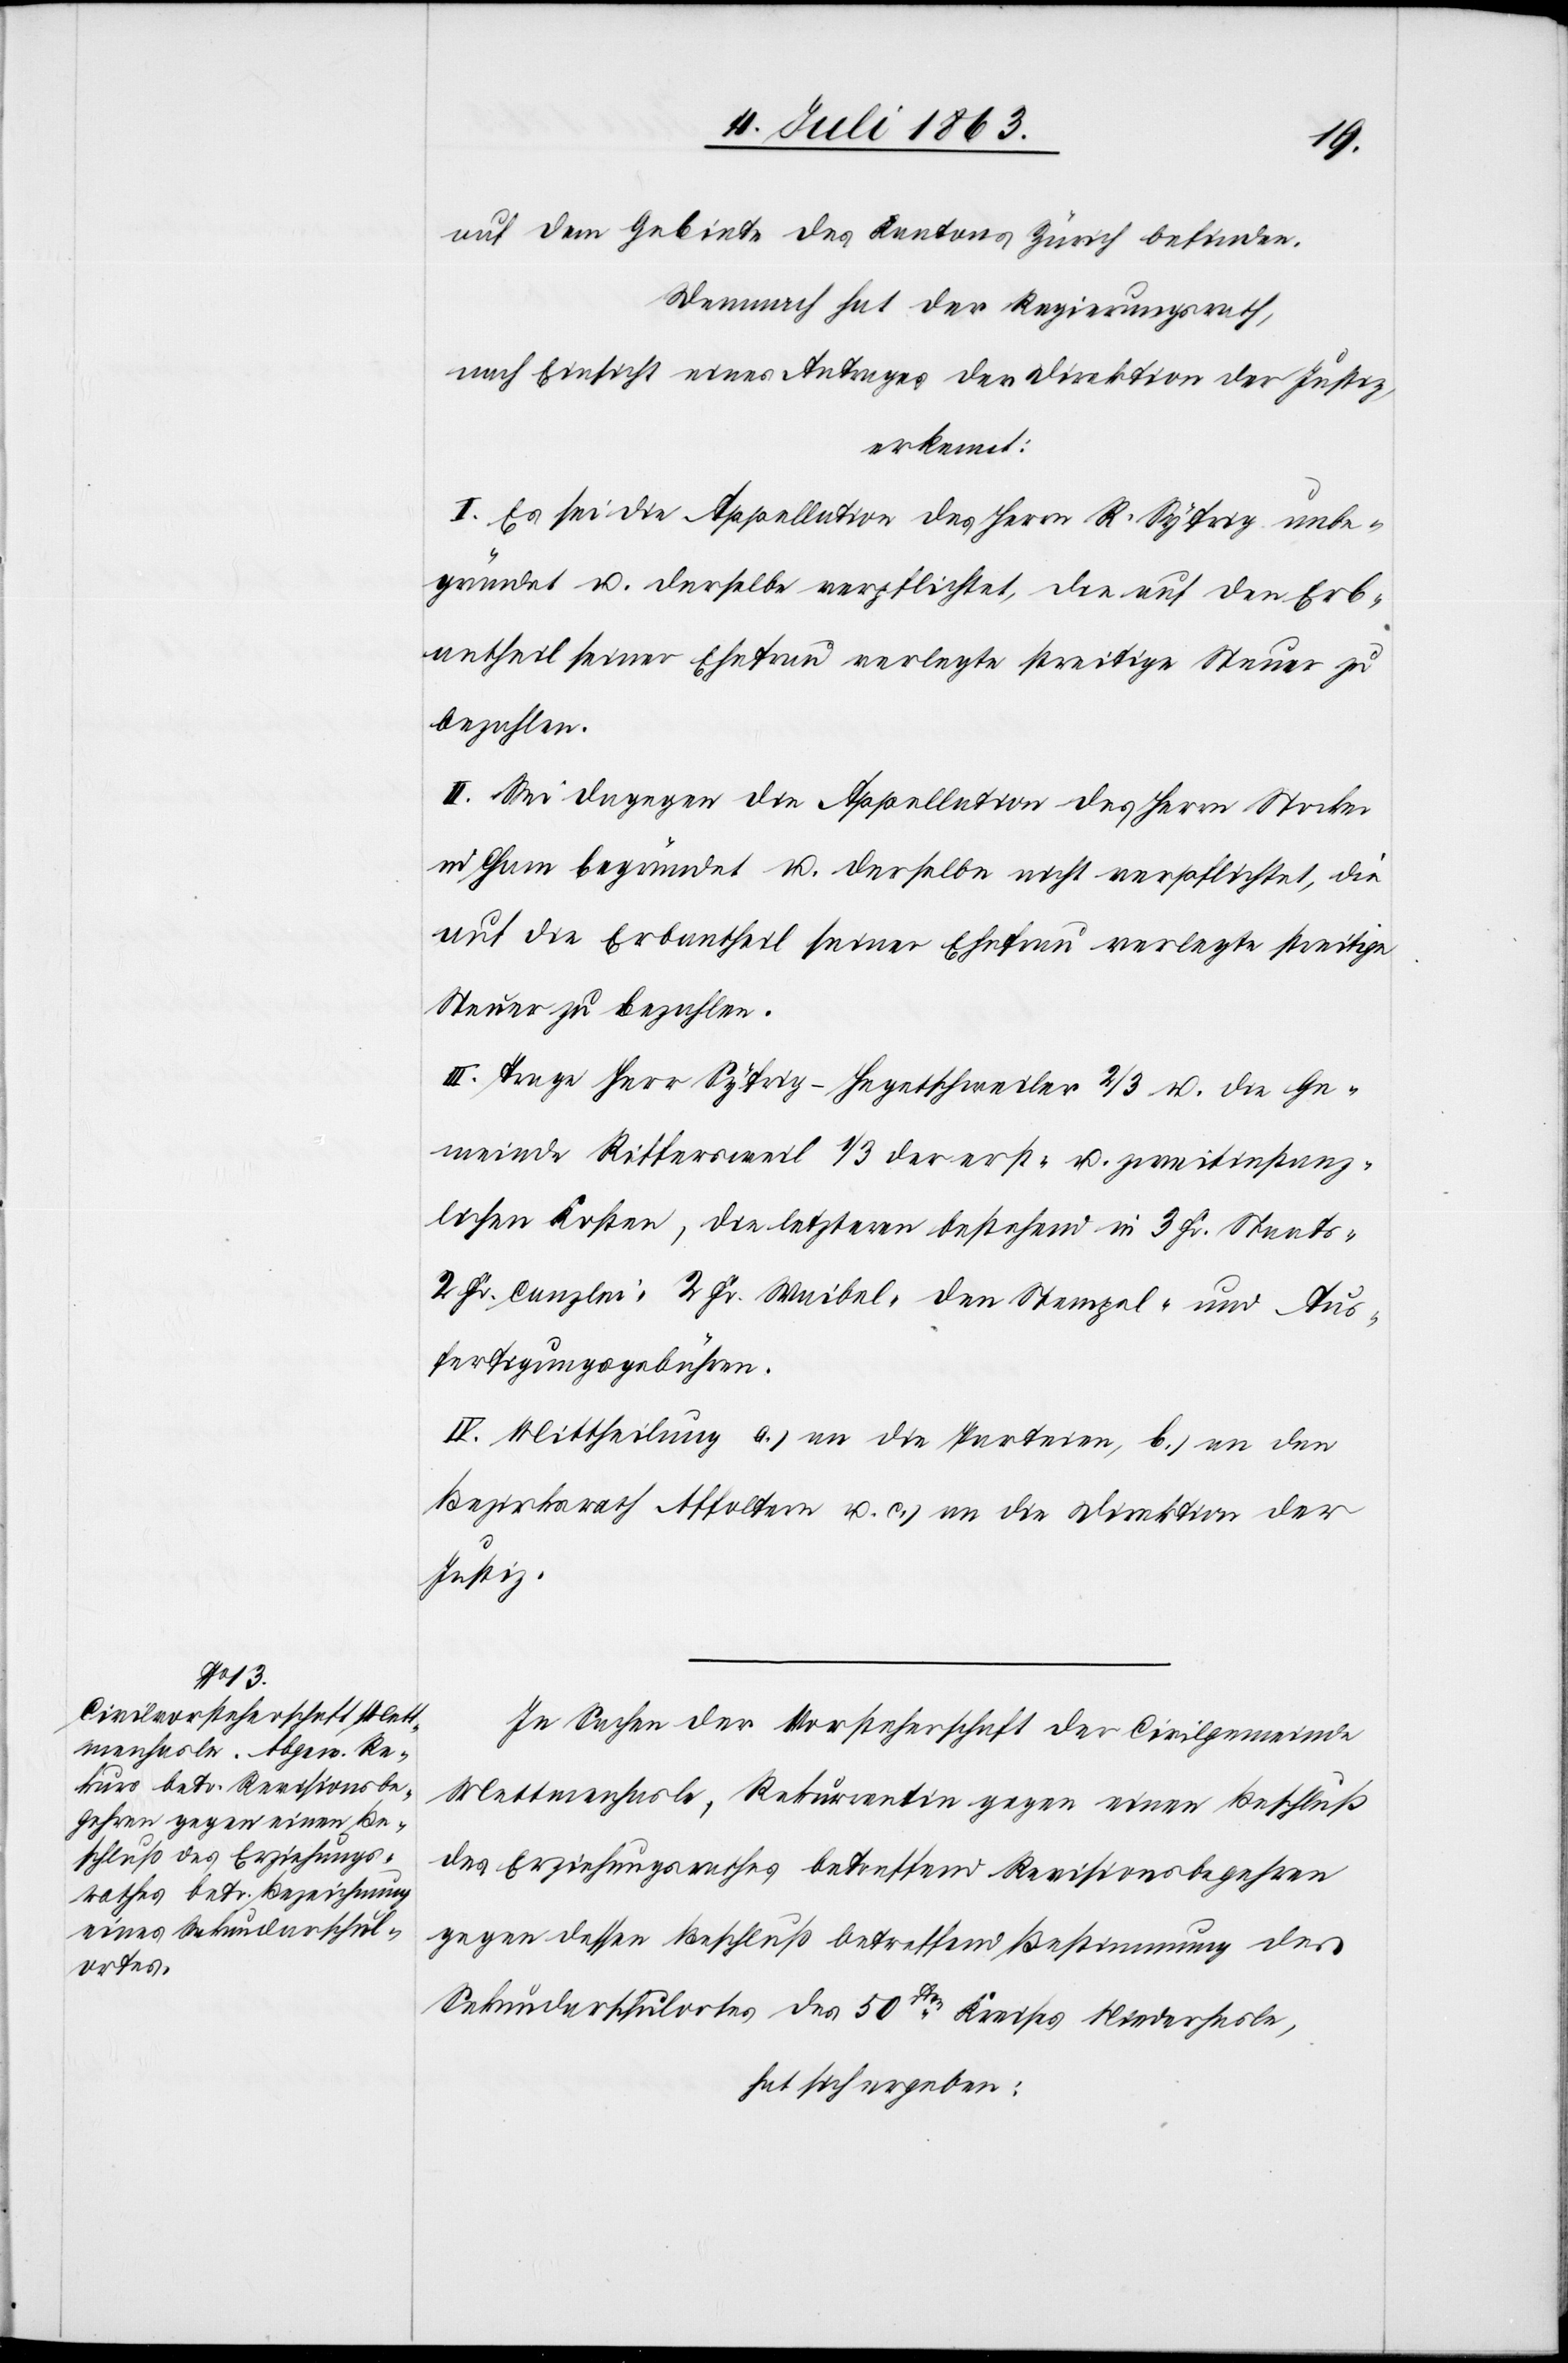
auf dem Gebiete des Kantons Zürich befinden.
Demnach hat der Regierungsrath,
nach Einsicht eines Antrages der Direktion der Justiz,
erkannt:
I. Es sei die Appellation des Herrn R. [sic!] Syfrig unbe¬
gründet u. derselbe verpflichtet, die auf den Erb¬
antheil seiner Ehefrau verlegte streitige Steuer zu
bezahlen.
II. Sei dagegen die Appellation des Herrn Stocker
in Cham begründet u. derselbe nicht verpflichtet, die
auf die Erbantheil [sic!] seiner Ehefrau verlegte streitige
Steuer zu bezahlen.
III. Trage Herr Syfrig-Hegetschweiler 2/3 u. die Ge¬
meinde Riffersweil 1/3 der erst- u. zweitinstanz¬
lichen Kosten, die letzteren bestehen in 3 Fr. Staats-[,]
2 Fr. Canzlei-[,] 2 Fr. Waibel-[,] den Stempel- und Aus¬
fertigungsgebühren.
IV. Mittheilung a.) an die Parteien, b.) an den
Bezirksrath Affoltern u. c.) an die Direktion der
Justiz.
In Sachen der Vorsteherschaft der Civilgemeinde
Mettmenhasle, Rekurrentin gegen einen Beschluß
des Erziehungsrathes betreffend Revisionsbegehren
gegen dessen Beschluß betreffend Bestimmung des
Sekundarschulortes des 50sten Kreises Niederhasle,
hat sich ergeben: